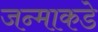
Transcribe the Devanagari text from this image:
जन्माकडे